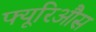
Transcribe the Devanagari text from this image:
फ्यूरिऔस